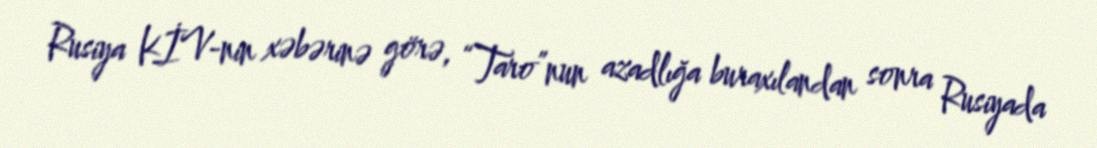
Rusiya KİV-nin xəbərinə görə, “Taro”nun azadlığa buraxılandan sonra Rusiyada